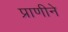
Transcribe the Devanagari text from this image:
प्राणीने